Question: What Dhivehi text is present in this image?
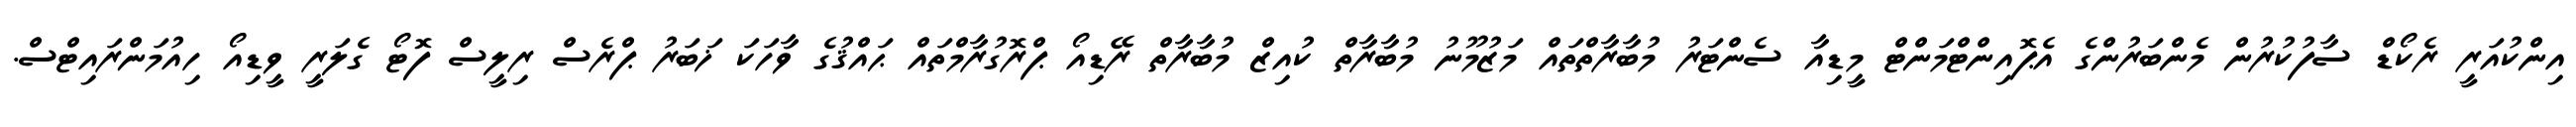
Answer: އިންކުއަރީ ރެކޯޑް ސާފުކުރުން މެންބަރުންގެ އެޕޮއިންޓްމަންޓް މީޑިއާ ސެންޓަރު މުބާރާތްތައް މަޒުމޫނު މުބާރާތް ކުއިޒް މުބާރާތް ރޭޑިއޯ ޕްރޮގުރާމްތައް ޙައްޤުގެ ވާހަކަ ޚަބަރު ޕްރެސް ރިލީސް ފޮޓޯ ގެލަރީ ވީޑިއޯ ހިއުމަންރައިޓްސް.